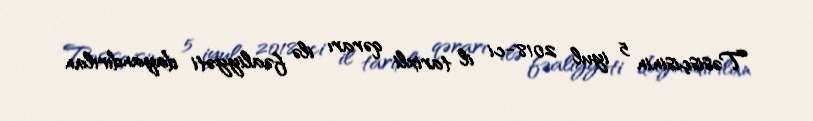
Təsisçisinin 5 iyul 2018-ci il tarixli qərarı ilə fəaliyyəti dayandırılan